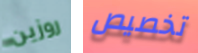
روزين تخصيص